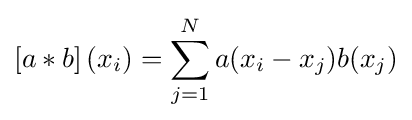
\left[a*b\right](x_{i})=\sum _{j=1}^{N}a(x_{i}-x_{j})b(x_{j})